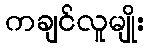
ကချင်လူမျိုး